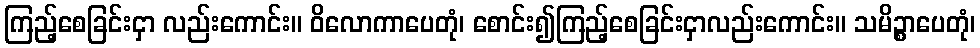
ကြည့်စေခြင်းငှာ လည်းကောင်း။ ဝိလောကာပေတုံ၊ စောင်း၍ကြည့်စေခြင်းငှာလည်းကောင်း။ သမိဉ္စာပေတုံ၊